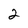
Character: 2